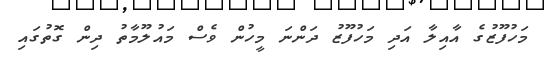
މަހުފޫޒުގެ އާއިލާ އަދި މަހުފޫޒު ދަންނަ މީހުން ވެސް މައުލޫމާތު ދިން ގޮތުގައި